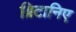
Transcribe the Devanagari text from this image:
ब्रिटानिए